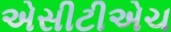
એસીટીએચ